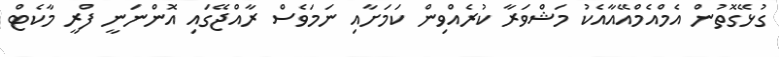
ގުޅޭގޮތުން އެމްއެމްއޭއާއެކު މަޝްވަރާ ކުރެއްވިން ކަމަށާއި ނަމަވެސް ރާއްޖޭގައި އޮންނަނީ ފްރީ މާކެޓް